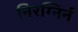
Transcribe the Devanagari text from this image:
निरग्निर्न